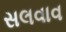
સલવાવ